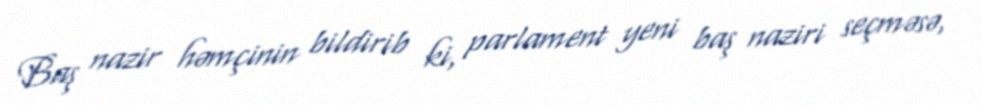
Baş nazir həmçinin bildirib ki, parlament yeni baş naziri seçməsə,